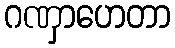
ဂဏှာဟေတာ